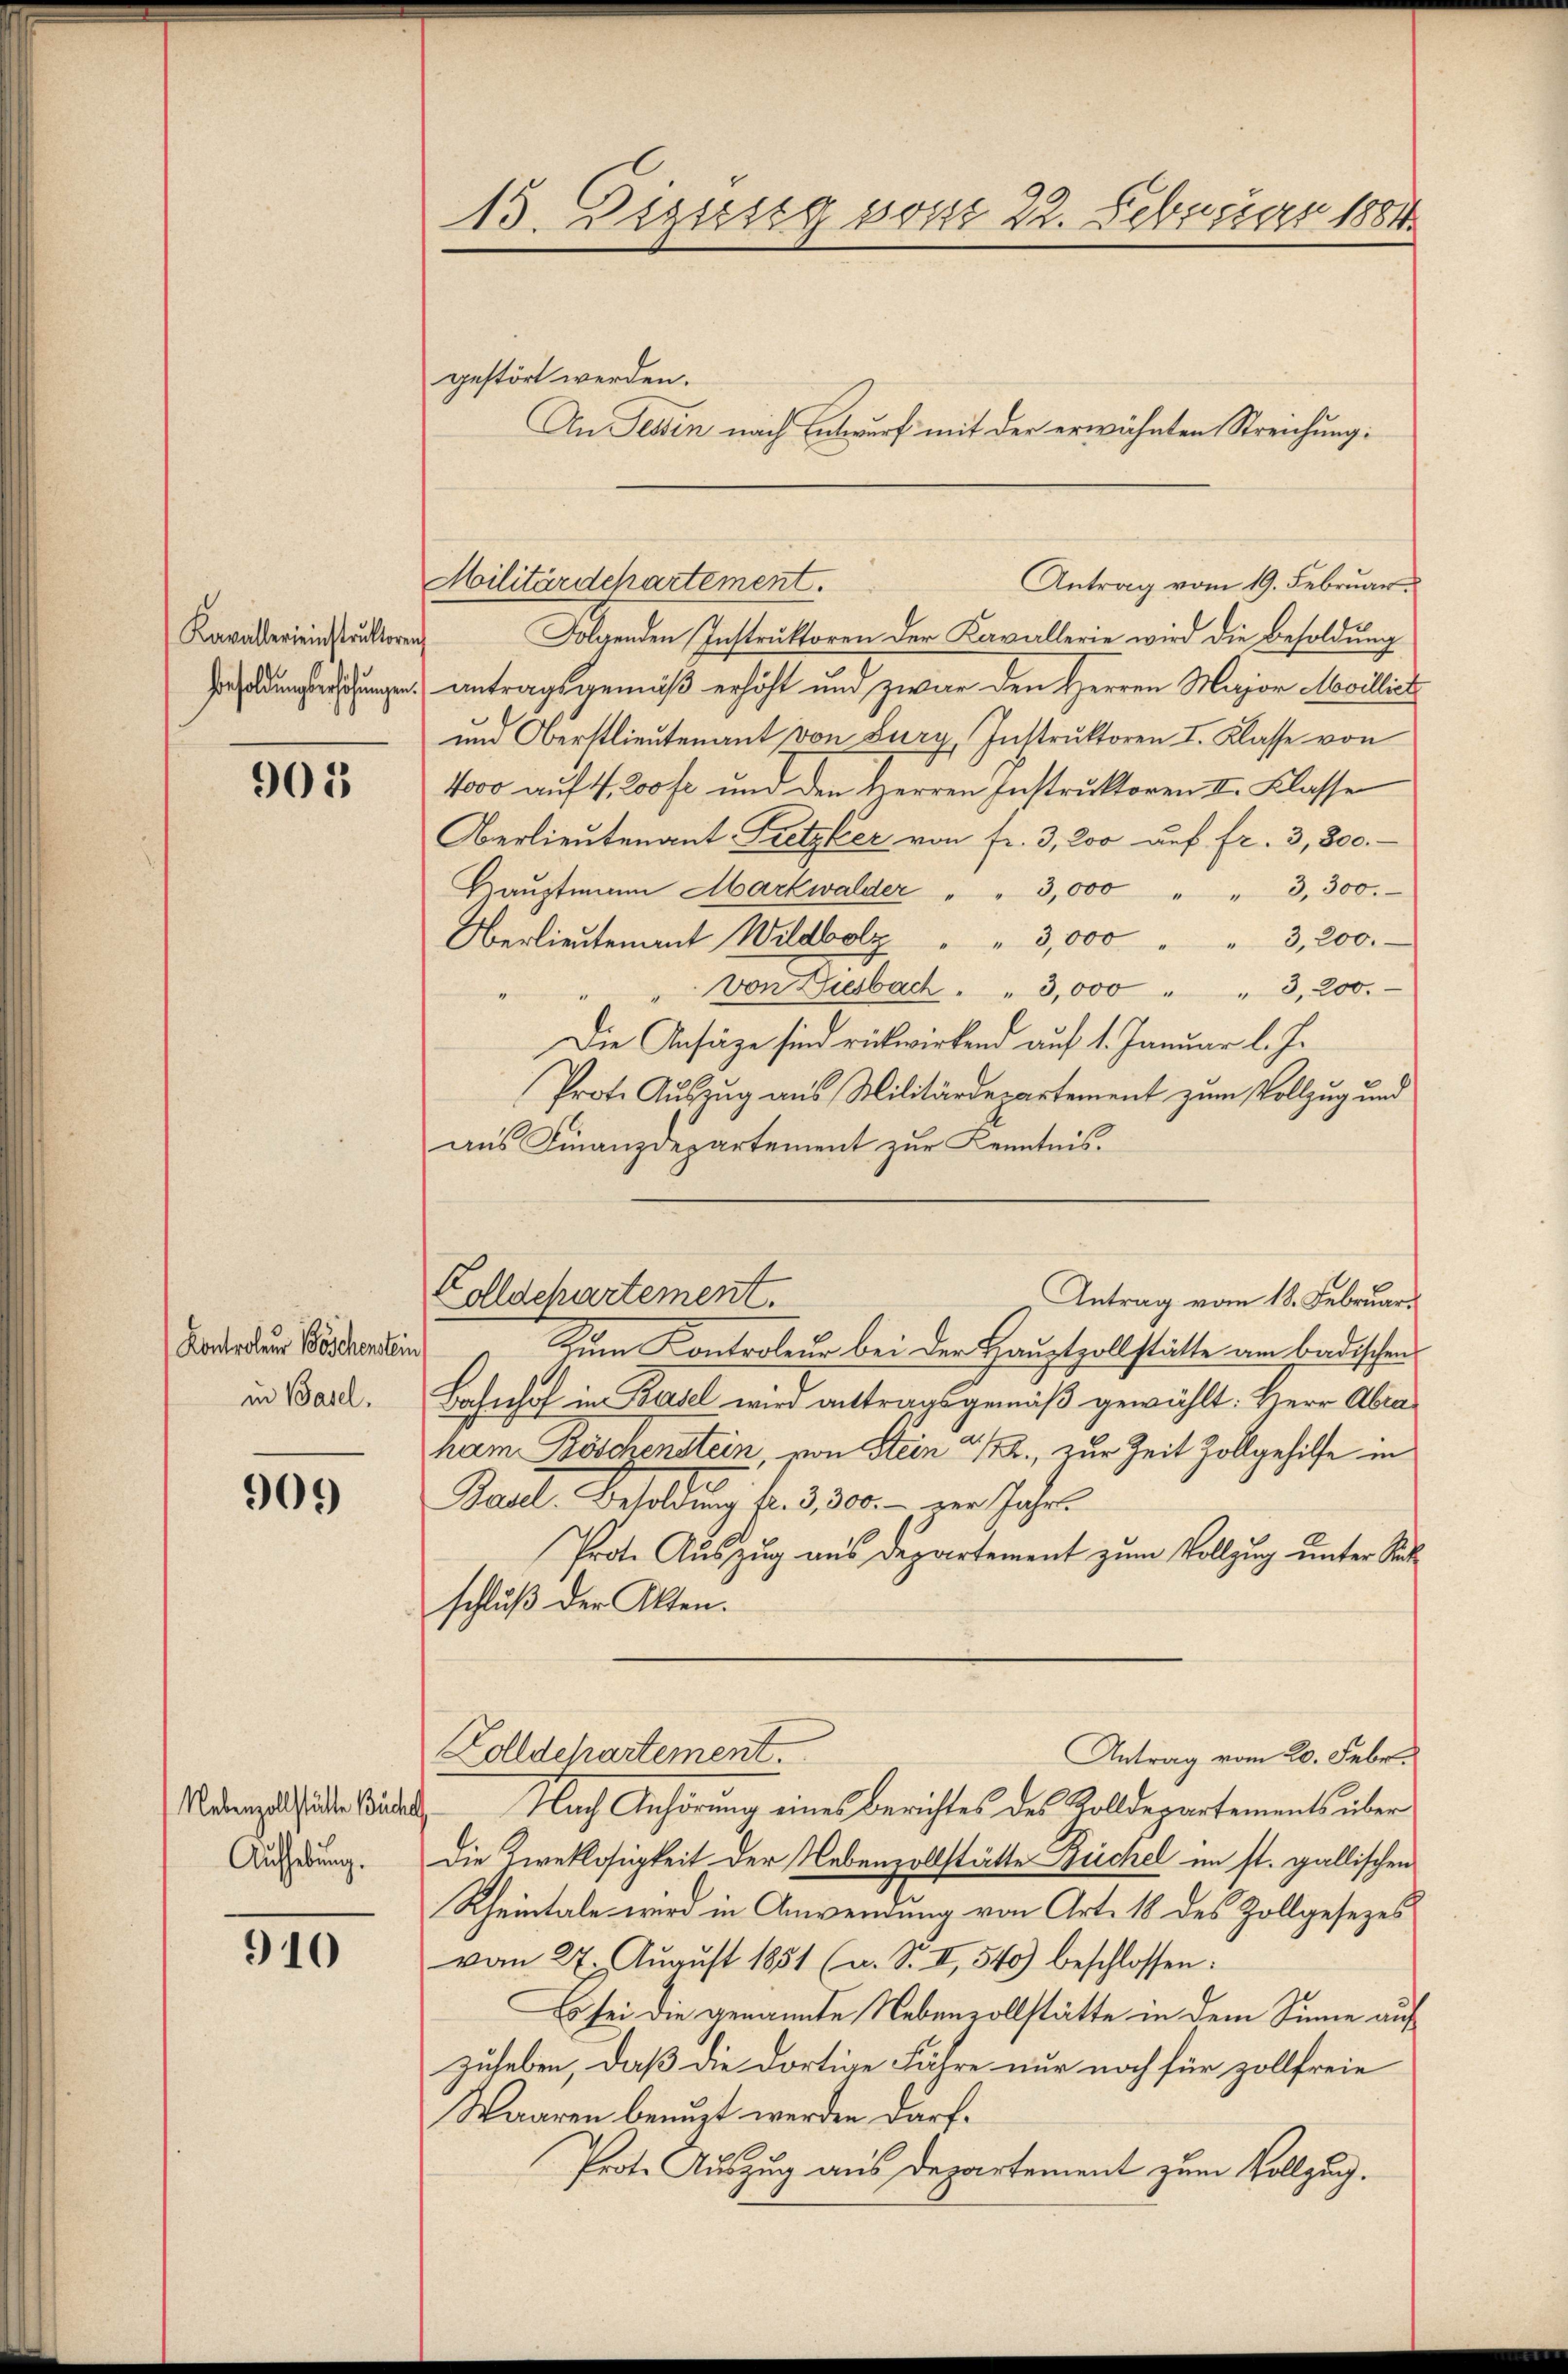
Kavallereinstruktoren
Besoldungserhöhungen

905

Kontroleur Böschentei
in Basel.

909

Nebenzollstätte Buchs
Aufhebung.

910

13. Deziesig vom 22. Februar 1884.

gestört werden.
An Sein nach Entwurf mit der erwähnten Streichung:

Militärdepartement.

Folgenden Instruktoren der Kavallerie wird die Besoldung
antragsgemäß erhöht und zwar den Herren Major Mobillict
und Oberstlieutenant von Burg, Instruktoren I. Klasse von
4000 auf 4, 200 fr. und den Herren Instruktoren II. Klasse
Oberlieutenant Pretzler von fr. 3, 200 auf fr. 3,300.
Haŭptmann Markwalder " " 3,000 " " 3,300.
Oberlieŭtenant Wildbolz " " 3,000 " " 3,200.
von Giesbach " " 3,000 " " 3, 200.
Die Ansäge sind rückwirkend auf 1. Januar l. J.
Prote Auszug aus Militärdepartement zum Vollzug und
aŭs Finanzdepartement zŭr Kenntnis.
Zum Kontroleur bei der Hauptzollstätte am badischen
Bahnhof in Basel wird antragsgemäß gewählt: Herr Abra
ham. Böschenstein von Stein 2 1/2. zur Zeit Zollgehilfe in
Baal, Besoldung fl. 1300. - Der Jahr
Prote Auszug aus Departement zum Vollzug unter Seck
schluß der Alten.
Zolldehartement.
Antrag vom 20. Febr.
 Nach Anhörung eines Berichtes des Kolldepartements über
Die Zweklosigkeit der Nebenzollstätte Büchel im st. gallischen
Rheintale wird in Anwendung von Art. 18 des Zollgesezes
vom 27. August 1851 (u. S. II, 540) beschlossen:
Es sei die genannte Nebenzollstätte in dem Sinne auf
zuheben, daß die dortige Fähre nur noch für zollfreie
Waaren benuzt werden darf.
Prote Auszug aus Departement zum Vollzug.

Antrag vom 19. Februar.

Zollschartement.
Antrag vom 18. Februar.